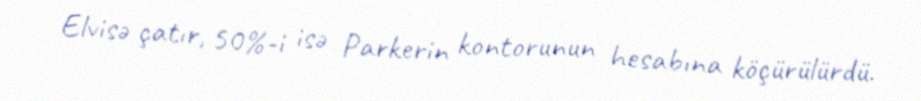
Elvisə çatır, 50%-i isə Parkerin kontorunun hesabına köçürülürdü.